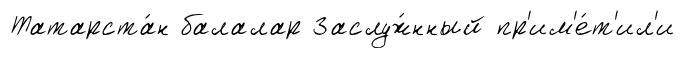
Татарста́н балалар Заслуж́нный пр'им'е́т'ил'и